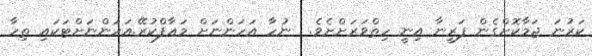
ކަރުނަ ޖަމާކޮށްގެން ފަރީނާ އިނީ ހިތްވަރަށްށެވެ.  ނުހާ އަހަންނަށް މަޢާފްކުރޭ.އަހަންނަށްޓަކައި ތިހާ